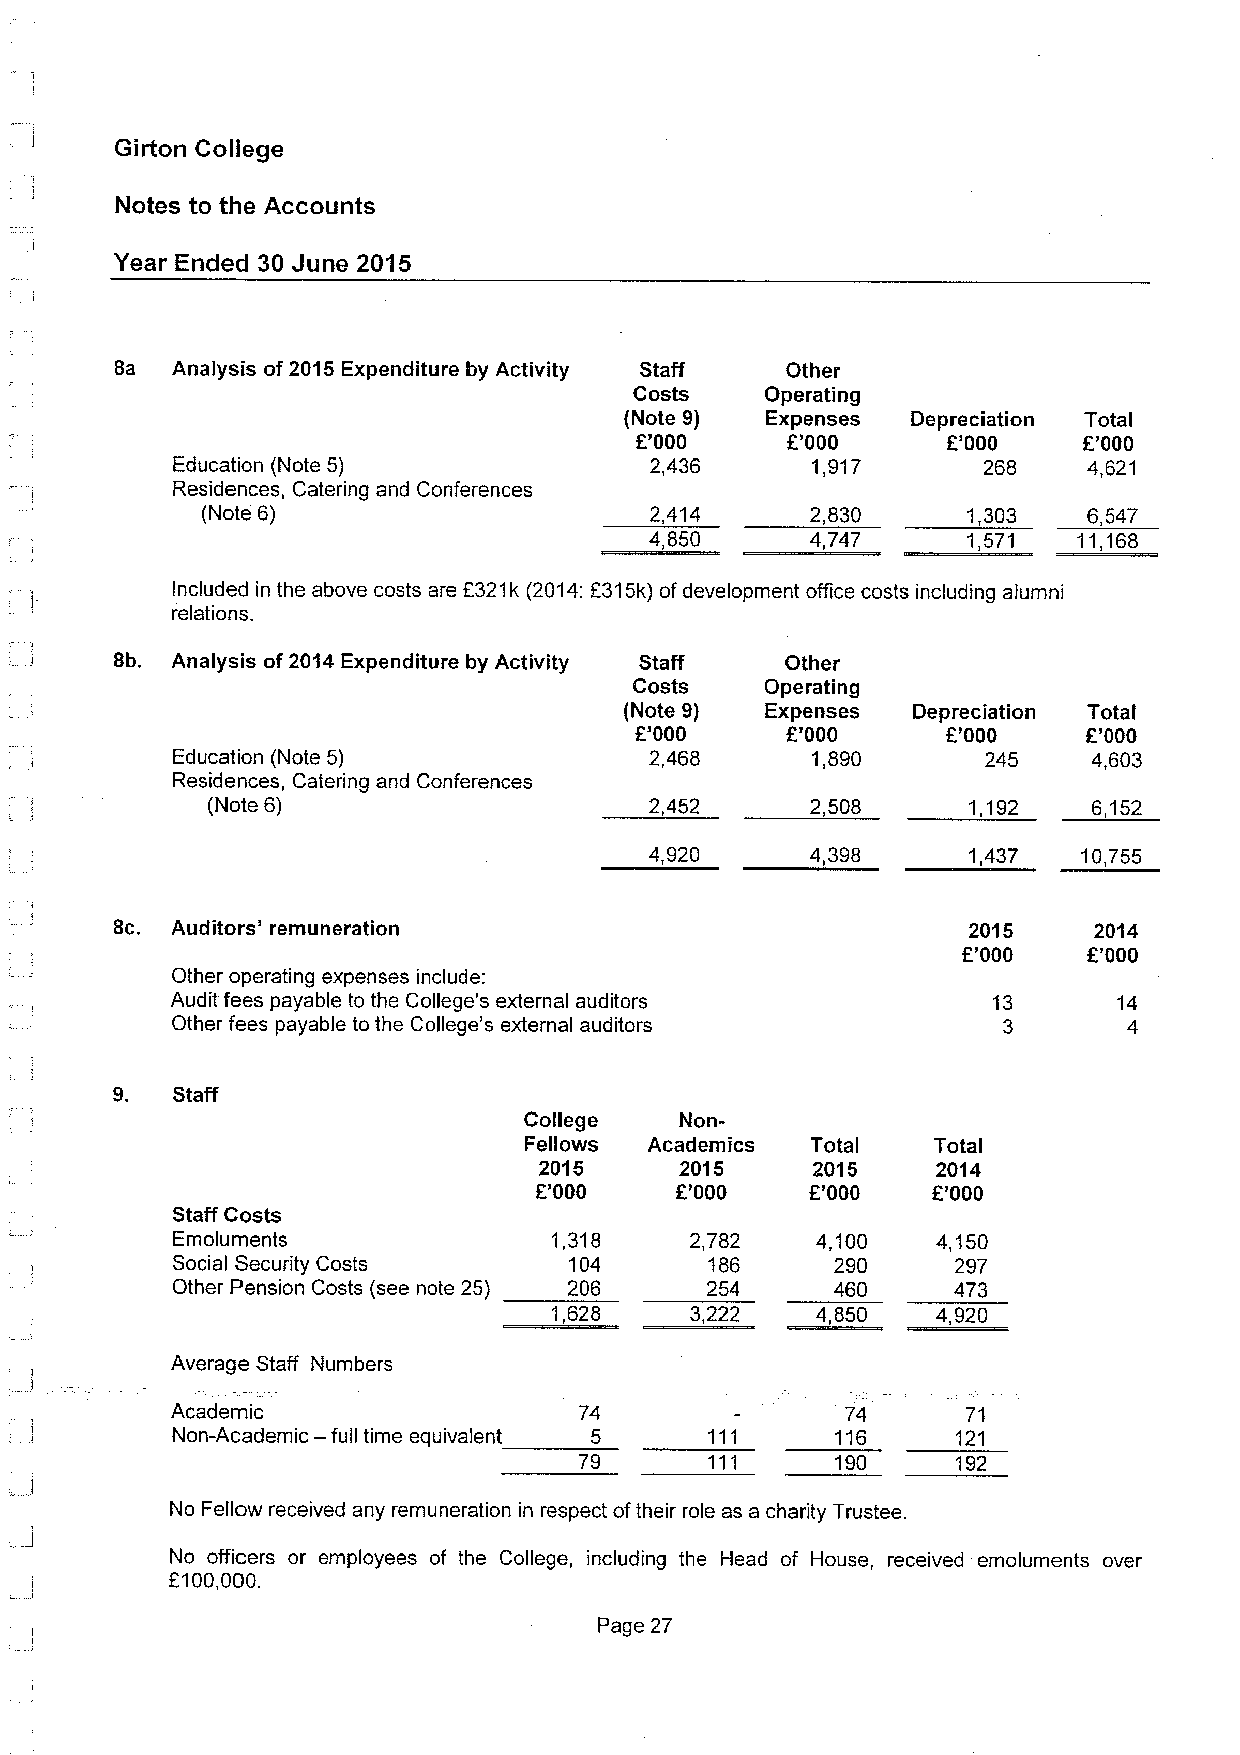
Girton College
 Notes to the Accounts
 Year Ended 30 June 2015
 8a Analysis of 2015Expenditure by Activity Staff Other
 Costs    Operating
 (Note 9)  Expenses Depreciation Total
 f.'000    E'000      E'000    f '000
 Education (Note 5)              2,436      1,917      268    4,621
 Residences, Catering and Conferences
 (Note 6)                      2,414      2,830     1,303   6,547
 4,850      4,747     1,571   i1,168
 Included in the above costs are 5321k (2014:5315k)ofdevelopment office costs including alumni
 relations.
 Bb. Analysis of 2014Expenditure by Activity Staff Other
 Costs    Operating
 (Note 9)  Expenses Depreciation Total
 8'000     f.'000     f '000   K'000
 Education (Note 5)              2,468      1,890      245    4,603
 Residences, Catering and Conferences
 (Note 6)                     2,452      2,508     1,192   6,152
 4,920      4,398     1,437   10,755
 8c. Auditors' remuneration                               2015    2014
 f
 '000   E'000
 Other operating expenses include:
 Audit fees payable to the College's external auditors  13      14
 Other fees payable to the College's external auditors  3        4
 9.  Staff
 College   Non-
 Fellows Academics  Total   Total
 2015     2015     2015    2014
 E.'000    E'000    E'000   E'000
 Staff Costs
 Emoluments                1,318    2,782   4,100   4,150
 Social Security Costs      104      186     290     297
 Other Pension Costs (see note 25) 206 254   460     473
 1,628    3,222   4,850   4,920
 Average Staff Numbers
 Academic                   74                74      71
 —
 Non-Academic full time equivalent 5         116     121
 79               190     192
 No Fellow received any remuneration in respect oftheir role as a charity Trustee.
 No officers or employees of the College, including the Head of House, received ernolurnents over
 2100,000.
 Page 27